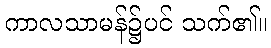
ကာလသာမန်၌ပင် သက်၏။